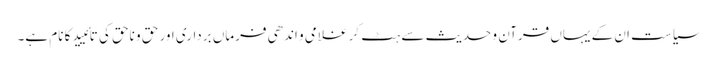
سیاست ان کے یہاں قرآن و حدیث سے ہٹ کر غلامی و اندھی فرماں برداری اور حق و ناحق کی تائیید کا نام ہے۔